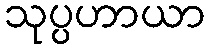
သုပ္ပဟာယာ